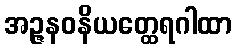
အဉ္ဇနဝနိယတ္ထေရဂါထာ